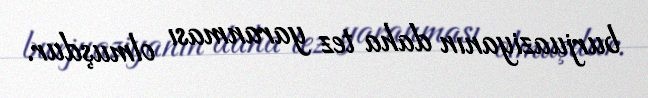
burjuaziyanın daha tez yaranması olmuşdur.